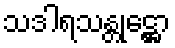
သဒါရသန္တုဋ္ဌော